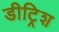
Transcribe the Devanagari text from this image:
डीट्रिश